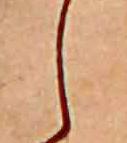
し